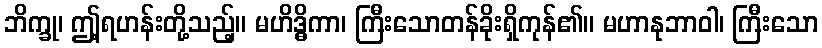
ဘိက္ခု၊ ဤ့ရဟန်းတို့သည့်။ မဟိဒ္ဓိကာ၊ ကြီးသောတန်ခိုးရှိကုန်၏။ မဟာနုဘာဝါ၊ ကြီးသော